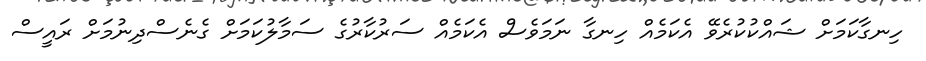
ހިނގާކަމަށް ޝައްކުކުރެވޭ އެކަމެއް ހިނގާ ނަމަވެސް އެކަމެއް ސަރުކާރުގެ ސަމާލުކަމަށް ގެނެސްދިނުމަށް ރައީސް